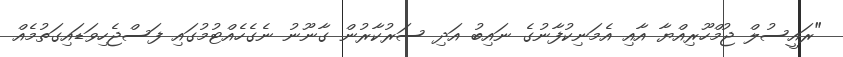
"ރައީސުލް ޖުމްހޫރިއްޔާ އާއި އެމަނިކުފާނުގެ ނައިބު އަދި ސަރުކާރުން ގާނޫނު ނެގެހެއްޓުމުގައި ފަސްޖެހިވަޑައިގަތުމެއް